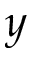
y